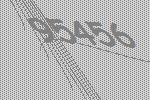
95456